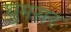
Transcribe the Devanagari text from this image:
घुमसर